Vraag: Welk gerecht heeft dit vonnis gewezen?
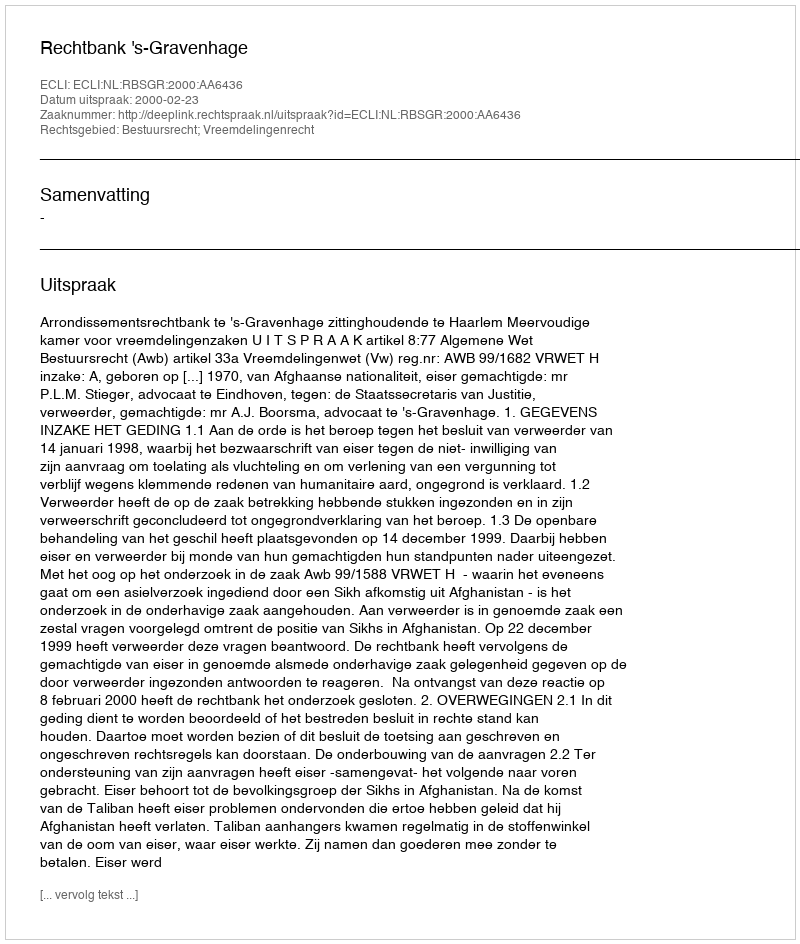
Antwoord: Rechtbank 's-Gravenhage